Leningradi_Edasi_toimetus, lk 3
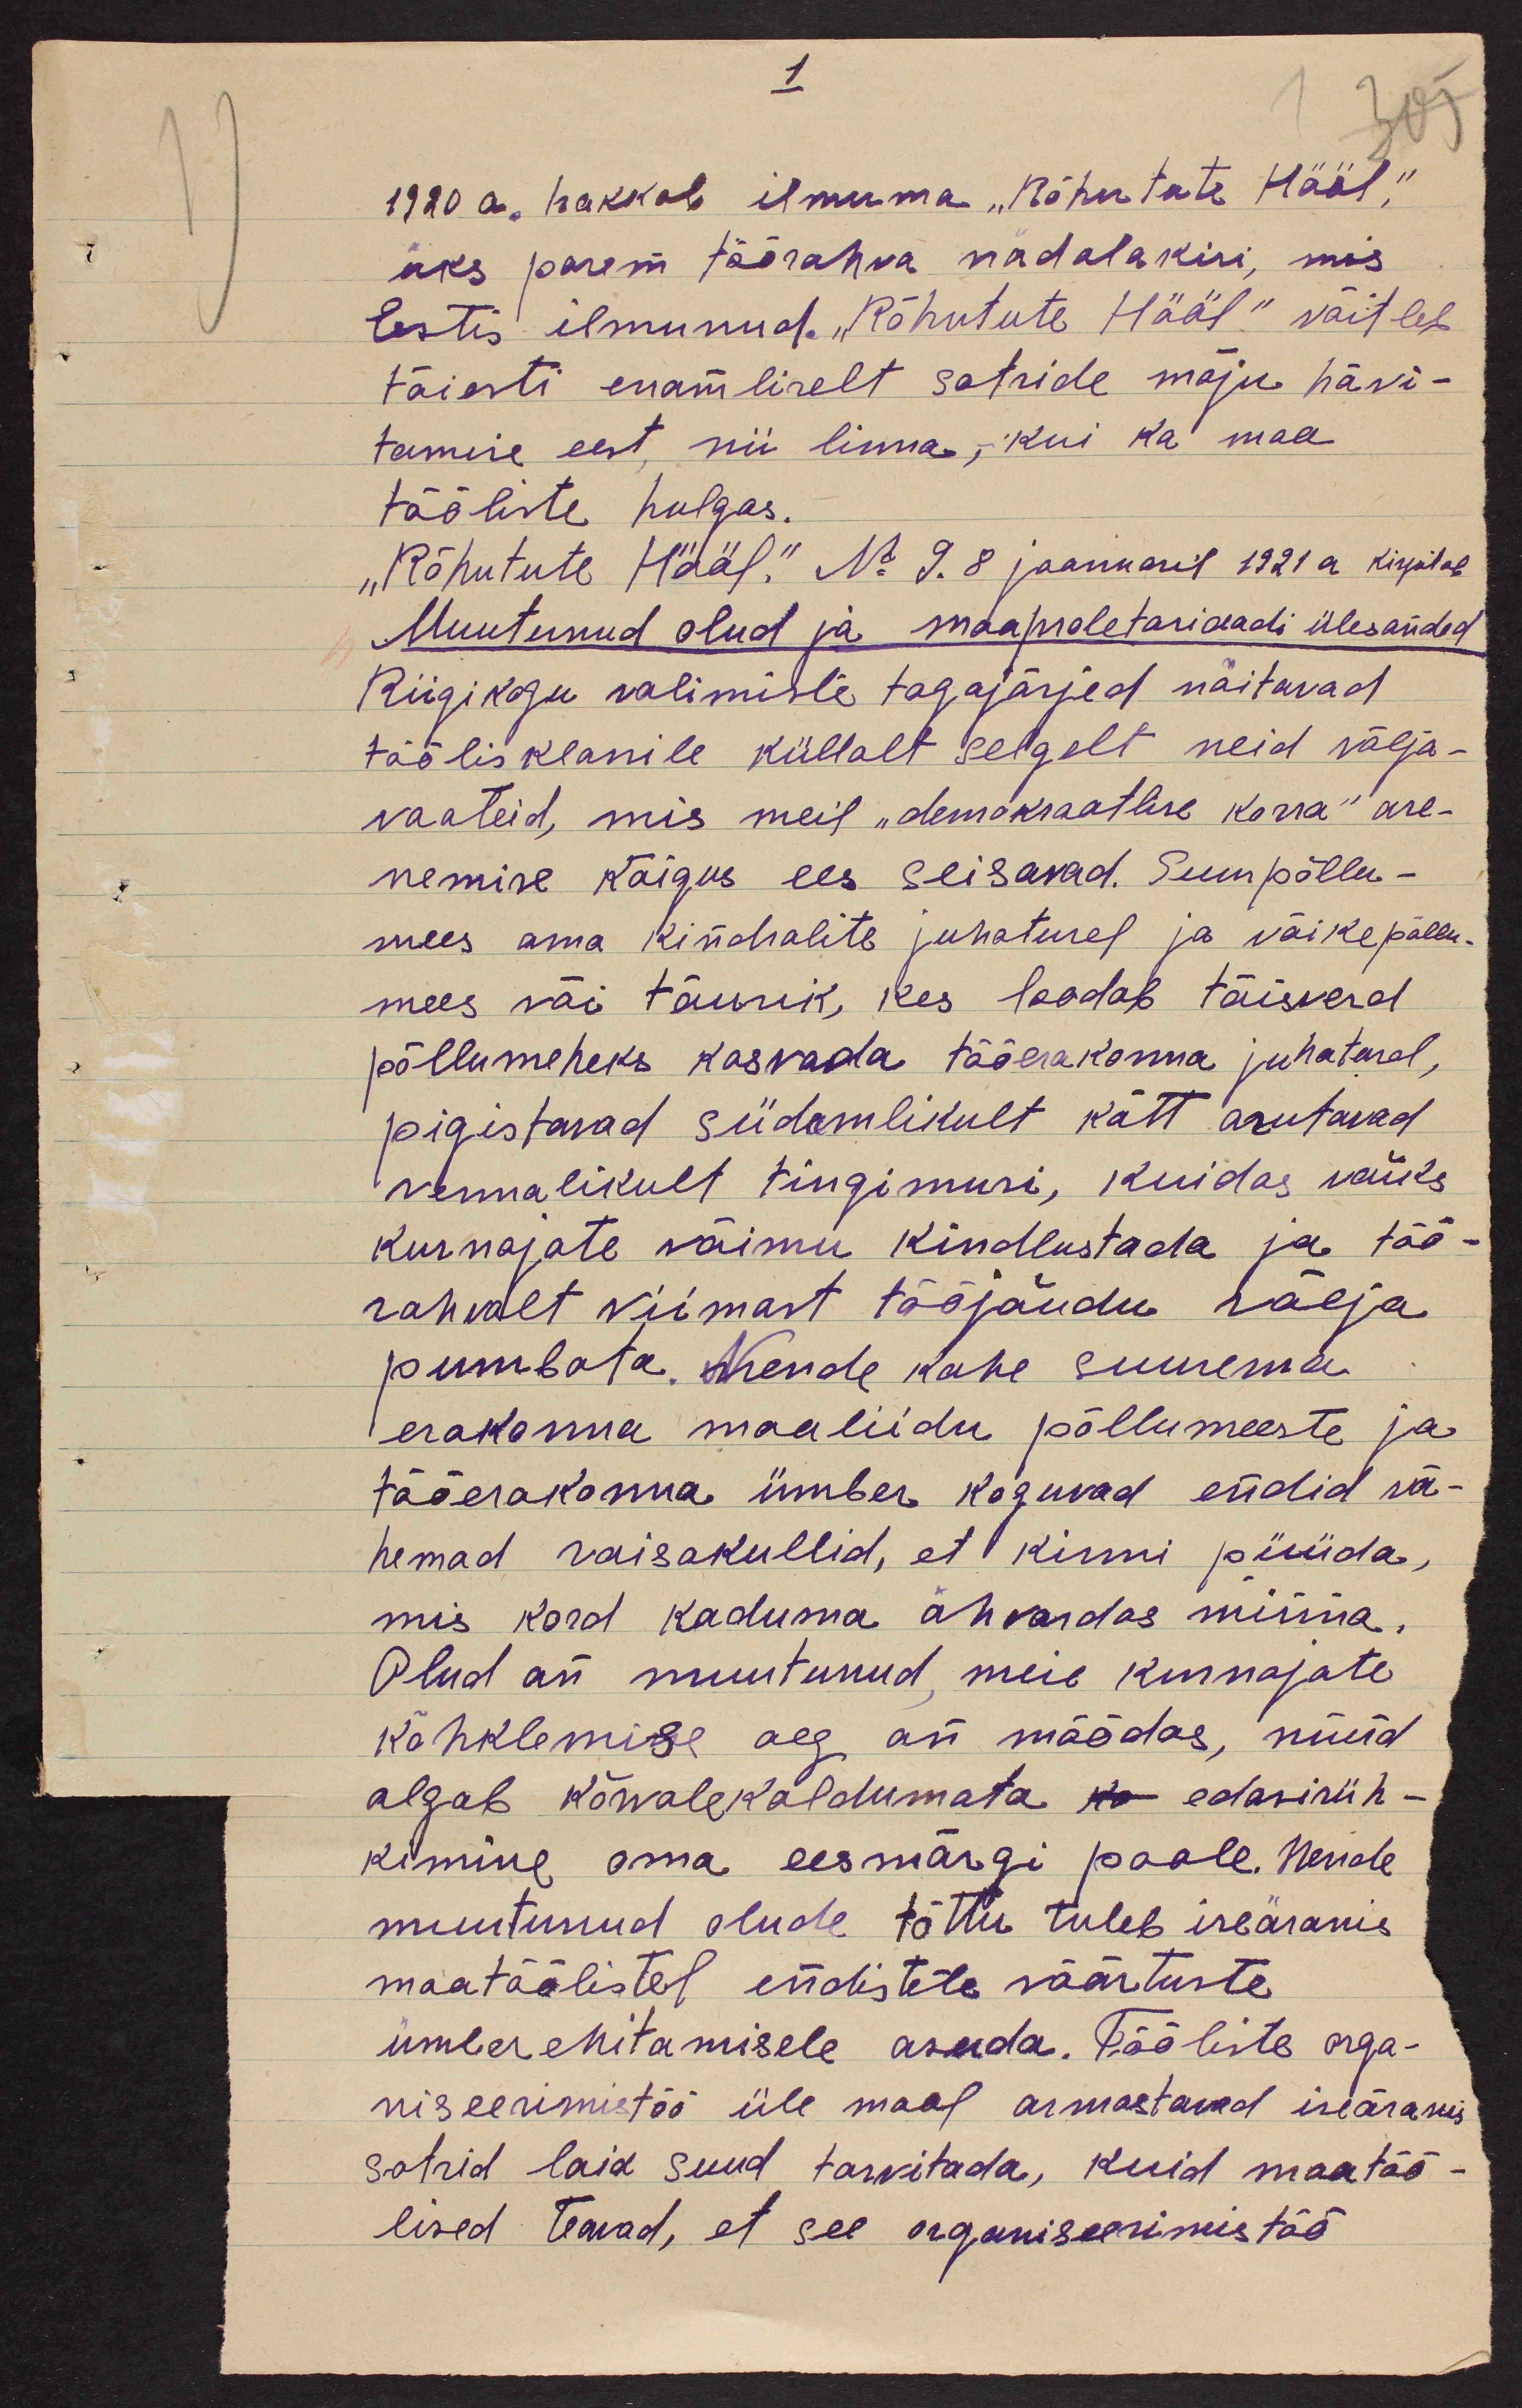
1
1920 a. hakkab ilmuma "Rõhutute Hääl,"
üks parem töörahva nädalakiri, mis
Eestis ilmunud. "Rõhutute Hääl" väitleb
täiesti enamliselt sotside mõju hävi-
tamise eest, nii linna, kui ka maa
tööliste hulgas.
"Rõhutute Hääl." No 9. 8 jaanuaril 1921 a kirjutab
Muutunud olud ja maaproletariaadi ülesanded
Riigikogu valimiste tagajärjed näitavad
töölisklassile küllalt selgelt neid välja-
vaateid, mis meil "demokraatlise korra" are-
nemise käigus ees seisavad. Suurpõllu-
mees oma kindralite juhatusel ja väikepõllu-
mees või tõusik, kes loodab täisverd
põllumeheks kasvada tööerakonna juhatusel,
pigistavad südamlikult kätt arutavad
vennalikult tingimusi, kuidas võiks
kurnajate võimu kindlustada ja töö-
rahvalt viimast tööjõudu välja
pumbata. Nende kahe suurema
erakonna maaliidu põllumeeste ja
tööerakonna ümber koguvad endid vä-
hemad raisakullid, et kinni püüda,
mis kord kaduma ähvardas minna.
Olud on muutunud, meie kurnajate
kõhklemise aeg on möödas, nüüd
algab kõrvalekaldumata ka edasirüh-
kimine oma eesmärgi poole. Nende
muutunud olude tõttu tuleb iseäranis
maatöölistel endistete väärtuste
ümberehitamisele asuda. Tööliste orga-
niseerimistöö üle maal armastavad iseäranis
sotsid laia suud tarvitada, kuid maatöö-
lised teavad, et see organiseerimistöö